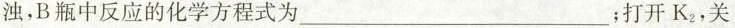
浊，B瓶中反应的化学方程式为___；打开K_{2}，关